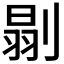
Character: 𠞈